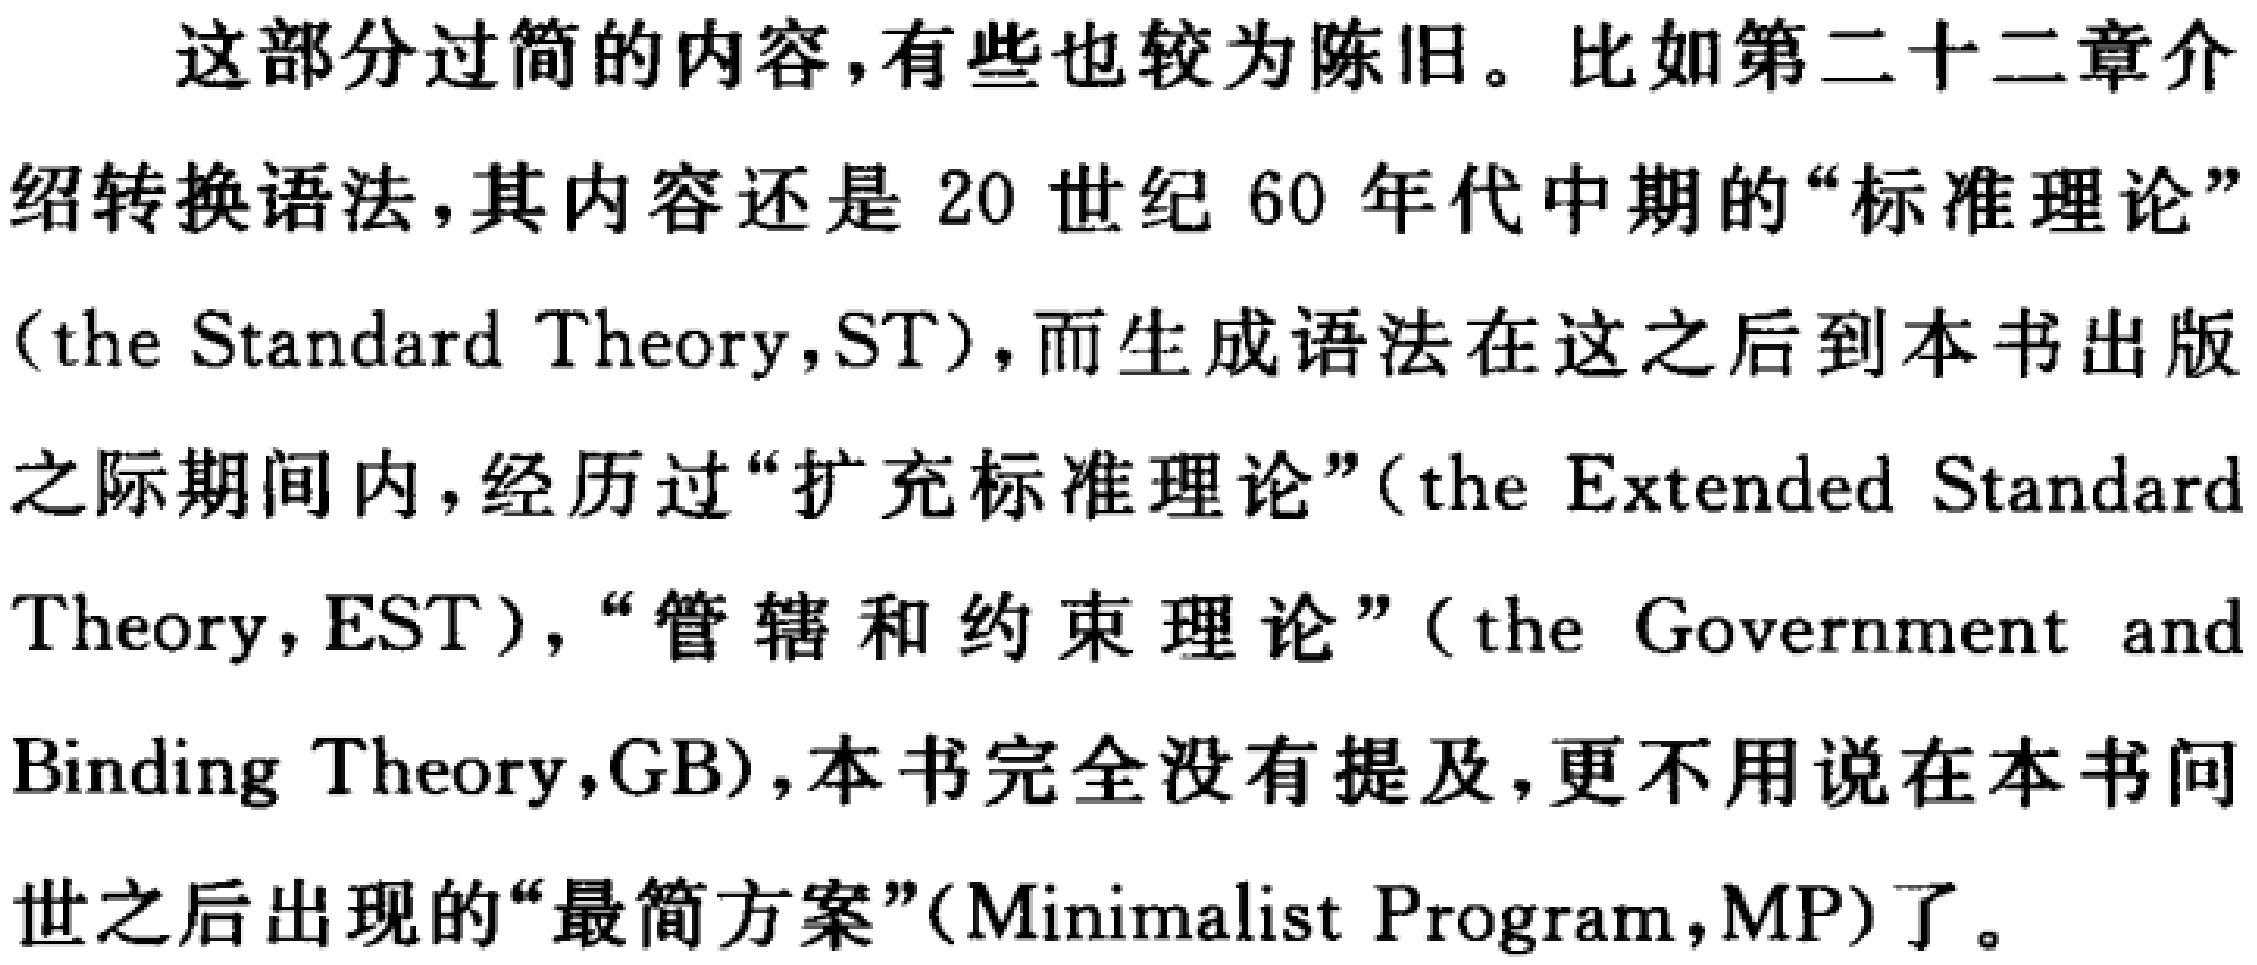
这部分过简的内容,有些也较为陈旧。比如第二十二章介
绍转换语法,其内容还是 20 世纪 60 年代中期的“标准理论”
(the Standard Theory,ST),而生成语法在这之后到本书出版
之际期间内,经历过“扩充标准理论”(the Extended Standard
Theory,EST),“管辖和约束理论”(the Government and
Binding Theory,GB),本书完全没有提及,更不用说在本书问
世之后出现的“最简方案”(Minimalist Program,MP)了。